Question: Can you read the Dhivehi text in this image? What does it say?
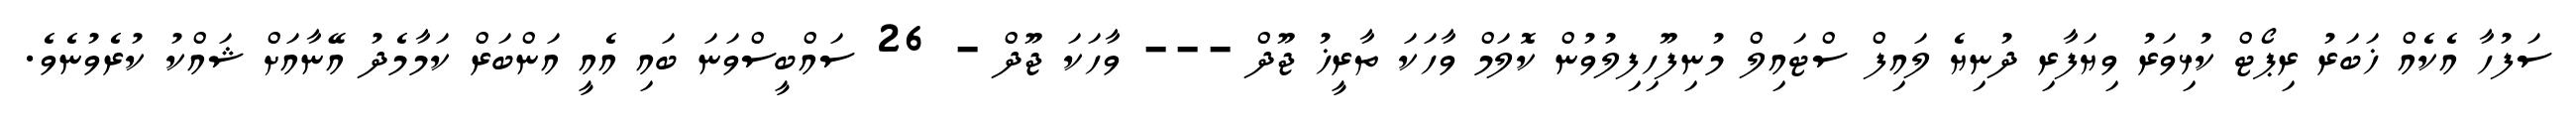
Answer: ސަފުހާ އެކެއް ޚަބަރު ރިޕޯޓް ކުޅިވަރު ވިޔަފާރި ދުނިޔެ ލައިފް ސްޓައިލް މުނިފޫހިފިލުވުން ކޮލަމް ވާހަކަ ތާރީޚު ޖޫދް --- ވާހަކަ ޖޫދް - 26 ސައްބީސްވަނަ ބައި އެއީ އަންބަރް ކަމާމެދު އޭނާއަށް ޝައްކު ކުރެވުނެވެ.